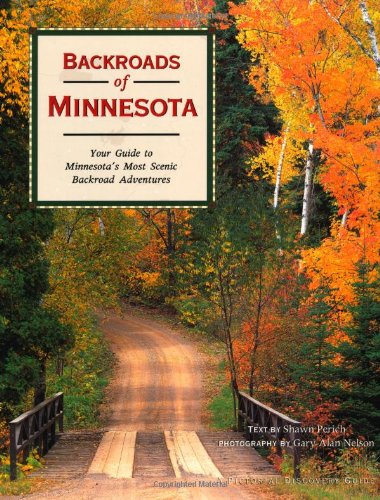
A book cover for Backroads of Minnesota: Your Guide to Minnesota's Most Scenic Backroad Adventures; Shawn Perich; Travel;